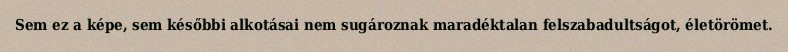
Sem ez a képe, sem későbbi alkotásai nem sugároznak maradéktalan felszabadultságot, életörömet.